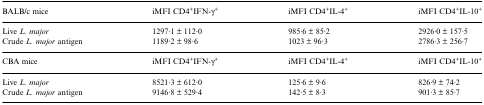
| BALB/c mice | iMFI CD4+IFN-γ+ | iMFI CD4+IL-4+ | iMFI CD4+IL-10+ |
 | --- | --- | --- | --- |
 | Live L. major | 1297·1 ± 112·0 | 985·6 ± 85·2 | 2926·0 ± 157·5 |
 | Crude L. major antigen | 1189·2 ± 98·6 | 1023 ± 96·3 | 2786·3 ± 256·7 |
 | CBA mice | iMFI CD4+IFN-γ+ | iMFI CD4+IL-4+ | iMFI CD4+IL-10+ |
 | Live L. major | 8521·3 ± 612·0 | 125·6 ± 9·6 | 826·9 ± 74·2 |
 | Crude L. major antigen | 9146·8 ± 529·4 | 142·5 ± 8·3 | 901·3 ± 85·7 |